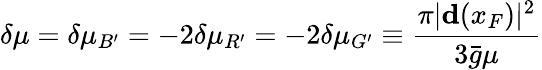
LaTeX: \delta\mu=\delta\mu_{B^{\prime}}=-2\delta\mu_{R^{\prime}}=-2\delta\mu_{G^{\prime}}\equiv\frac{\pi|{\mathbf d}(x_{F})|^{2}}{3{\bar{g}}\mu}